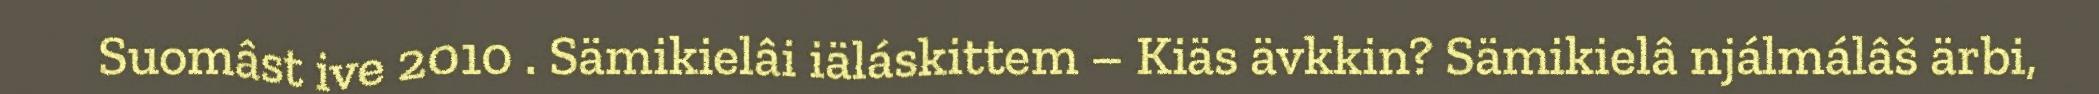
Suomâst ive 2010 . Sämikielâi iäláskittem – Kiäs ävkkin? Sämikielâ njálmálâš ärbi,